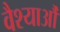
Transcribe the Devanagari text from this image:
वैश्याऔं